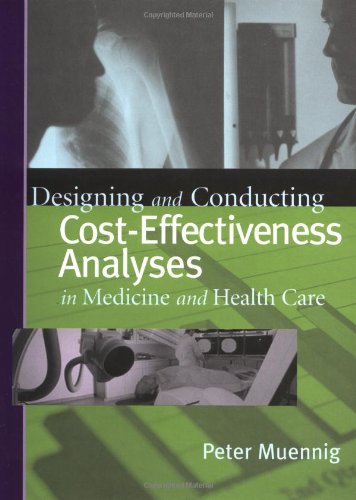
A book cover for Designing and Conducting Cost-Effectiveness Analyses in Medicine and Health Care (Jossey-Bass Health Care Series); Peter Muennig; Medical Books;